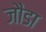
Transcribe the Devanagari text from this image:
जौडा